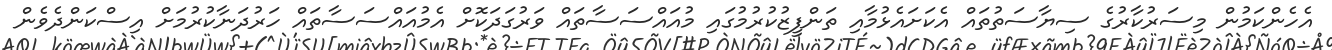
އެހެންކަމުން މިސަރުކާރުގެ ސިޔާސަތުތައް އެކަށައެޅުމާއި ތަންފީޒުކުރުމުގައި މުއައްސަސާތައް ވަރުގަދަކޮށް އެމުއައްސަސާތައް ހަރުދަނާކުރުމަށް އިސްކަންދެވެން